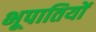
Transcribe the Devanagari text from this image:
भूपातियों